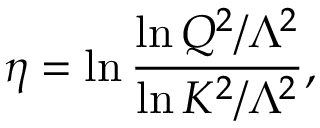
\eta = \ln { \frac { \ln Q ^ { 2 } / \Lambda ^ { 2 } } { \ln K ^ { 2 } / \Lambda ^ { 2 } } } ,